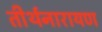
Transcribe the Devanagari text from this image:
तीर्थनारायण